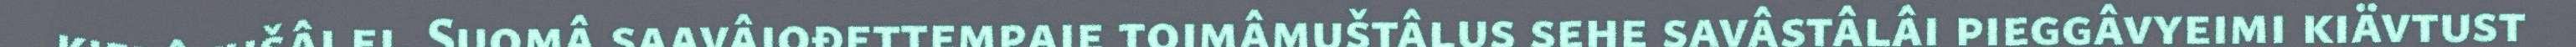
kieđâvušâi ei. Suomâ saavâjođettempaje toimâmuštâlus sehe savâstâlâi pieggâvyeimi kiävtust